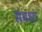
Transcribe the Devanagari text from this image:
संबधा